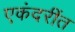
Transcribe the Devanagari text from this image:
एकंदरींत